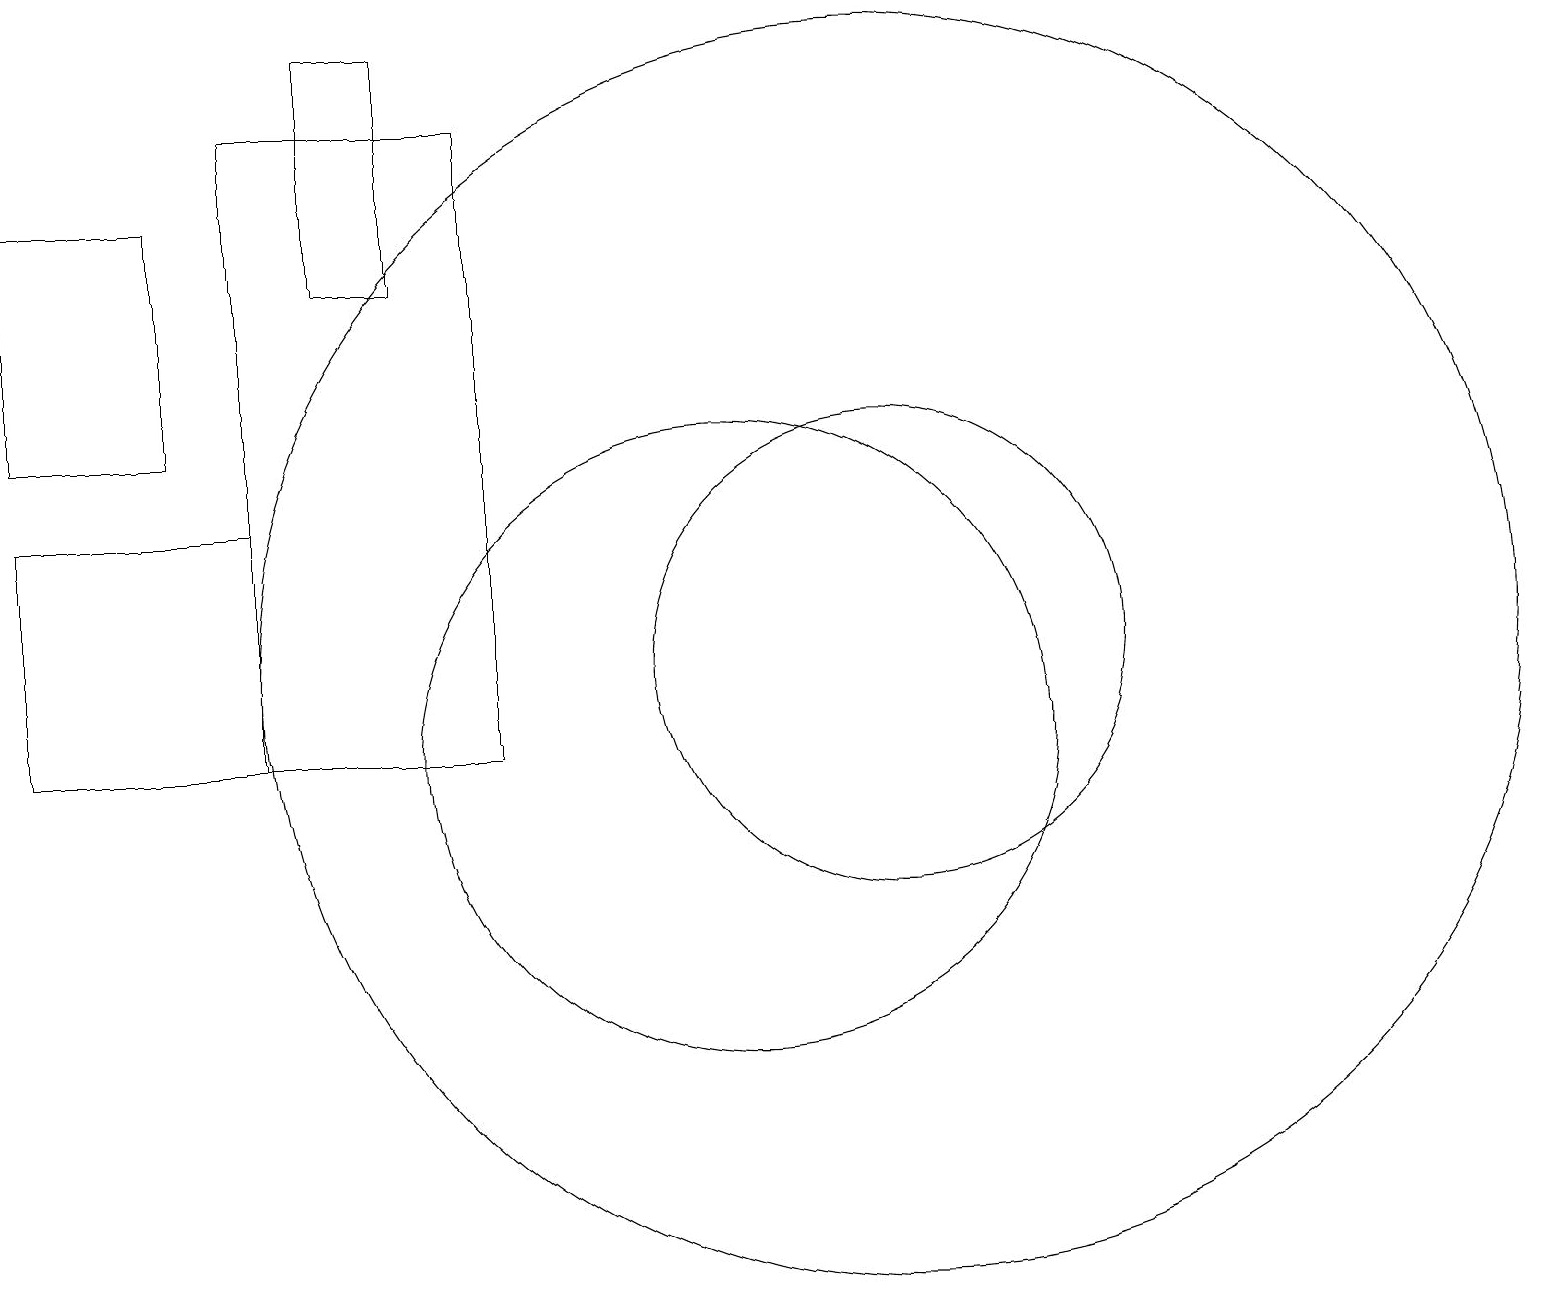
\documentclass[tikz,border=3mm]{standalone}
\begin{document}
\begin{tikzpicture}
\draw (4,10) rectangle (1,13);
\draw (10,10) circle (4);
\draw (12,11) circle (8);
\draw (5,16) rectangle (6,19);
\draw (1,17) rectangle (3,14);
\draw (12,11) circle (3);
\draw (4,18) rectangle (7,10);
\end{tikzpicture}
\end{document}